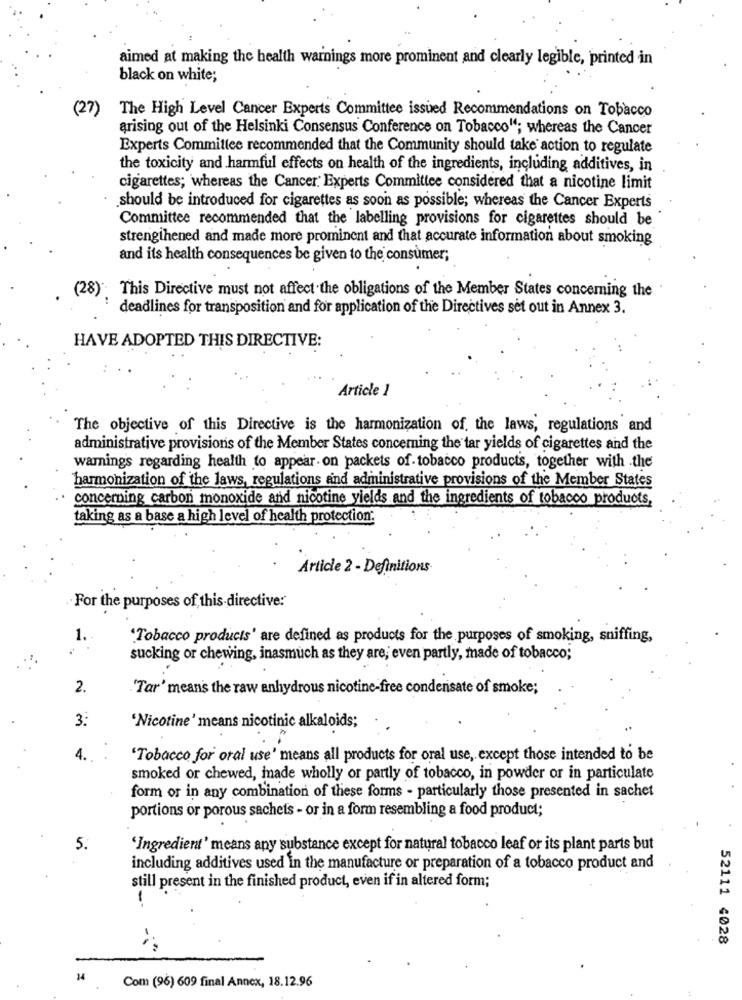
aimed at making the health warnings more prominent and clearly legible, printed in
black on white;
(27)
The High Level Cancer Experts Committee issued Recommendations on Tobacco
arising out of the Helsinki Consensus Conference on Tobacco"; whereas the Cancer
Experts Committee recommended that the Community should take action to regulate
the toxicity and harmful effects on health of the ingredients, including additives, in
cigarettes; whereas the Cancer. Experts Committee considered that a nicotine limit
should be introduced for cigarettes as soon as possible; whereas the Cancer Experts
Committee recommended that the labelling provisions for cigarettes should be
strengthened and made more prominent and that accurate information about smoking
and its health consequences be given to the consumer;
(28). This Directive must not affect the obligations of the Member States concerning the
deadlines for transposition and for application of the Directives set out in Annex 3.
HAVE ADOPTED THIS DIRECTIVE:
Article 1
The objective of this Directive is the harmonization of, the laws, regulations and
administrative provisions of the Member States concerning the tar yields of cigarettes and the
warnings regarding health to appear on packets of tobacco products, together with the
harmonization of the laws, regulations and administrative provisions of the Member States
concerning carbon monoxide and nicotine yields and the ingredients of tobacco products,
taking as a base a high level of health protection:
Article 2 - Definitions
For the purposes of this directive:"
1. -
"Tobacco products' are defined as products for the purposes of smoking, sniffing,
sucking or chewing, inasmuch as they are, even partly, made of tobacco;
2.
"Tar' means the raw anhydrous nicotine-free condensate of smoke;
3:
'Nicotine' means nicotinic alkaloids;
4 ..
'Tobacco for oral use' means all products for oral use, except those intended to be
smoked or chewed, mnade wholly or partly of tobacco, in powder or in particulate
form or in any combination of these forms - particularly those presented in sachet
portions or porous sachets - or in a form resembling a food product;
5.
'Ingredient' means any substance except for natural tobacco leaf or its plant parts but
including additives used in the manufacture or preparation of a tobacco product and
still present in the finished product, even if in altered form;
52111 4028
Com (96) 609 final Annex, 18.12.96